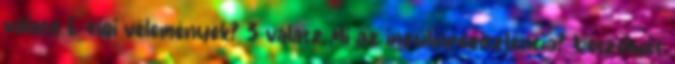
válasz E-cigi vélemények? 3 válasz Mi az inzulinrezisztencia? Veszélyes